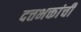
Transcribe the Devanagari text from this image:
दत्तभक्तांची